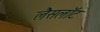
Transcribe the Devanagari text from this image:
लैसलॉट